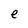
Character: e